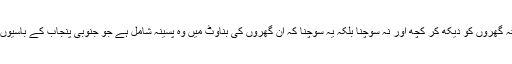
اسی طرح ملتان، مظفر گڑھ اور رحیم یار خان کے پختہ گھروں کو دیکھ کر کچھ اور نہ سوچنا بلکہ یہ سوچنا کہ ان گھروں کی بناوٹ میں وہ پسینہ شامل ہے جو جنوبی پنجاب کے باسیوں کو مزدوریوں کے طفیل مشرق وسطیٰ میں نصیب ہوا۔